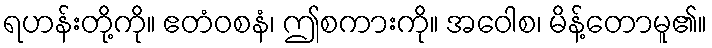
ရဟန်းတို့ကို။ ဧတံဝစနံ၊ ဤစကားကို။ အဝေါစ၊ မိန့်တောမူ၏။